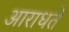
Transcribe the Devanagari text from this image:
आराधते